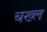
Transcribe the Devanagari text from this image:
चख्ल